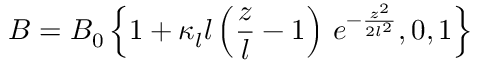
\boldsymbol { B } = B _ { 0 } \left\{ 1 + \kappa _ { l } l \left( \frac { z } { l } - 1 \right) \, e ^ { - \frac { z ^ { 2 } } { 2 l ^ { 2 } } } , 0 , 1 \right\}